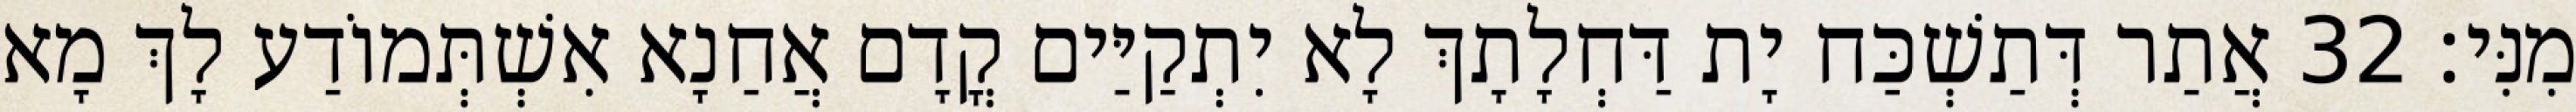
מִנִּי׃ 32 אֲתַר דְּתַשְׁכַּח יָת דַּחְלָתָךְ לָא יִתְקַיַּים קֳדָם אֲחַנָא אִשְׁתְּמוֹדַע לָךְ מָא